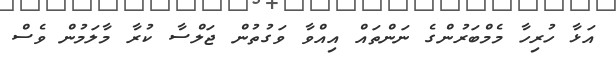
އަޅާ ހުރިހާ މެމްބަރުންގެ ނަންތައް އިއްވާ ވަގުތުން ޖަލްސާ ކުރާ މާލަމުން ވެސް